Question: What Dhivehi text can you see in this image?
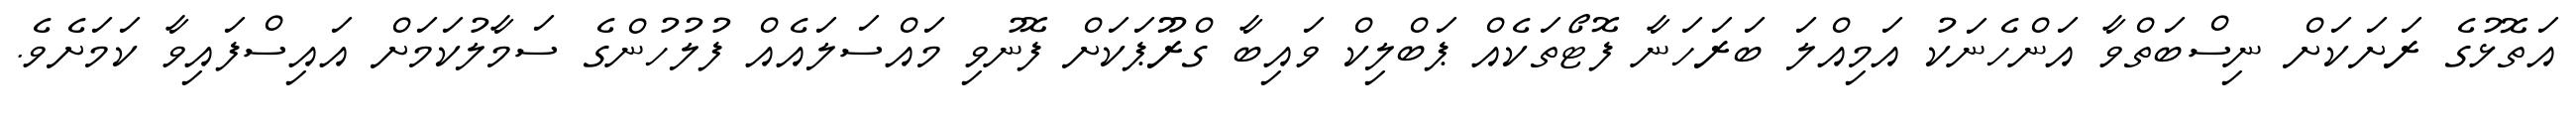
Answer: އަތޮޅުގެ ރަށަކަށް ނިސްބަތްވާ އަންހެނަކު އަމިއްލަ ބަރަހަނާ ފޮޓޯތަކެއް ޕަބްލިކް ވައިބާ ގްރޫޕަކަށް ފޮނުވި މައްސަލައެއް ފުލުހުންގެ ސަމާލުކަމަށް އައިސްފައިވާ ކަމަށެވެ.